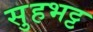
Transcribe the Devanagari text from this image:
सुहभट्ट